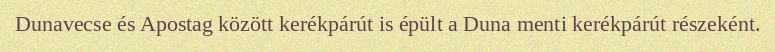
Dunavecse és Apostag között kerékpárút is épült a Duna menti kerékpárút részeként.